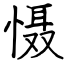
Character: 慑